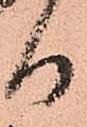
日